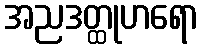
အညဒတ္ထုဟရော